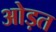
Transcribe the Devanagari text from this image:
ओड़त